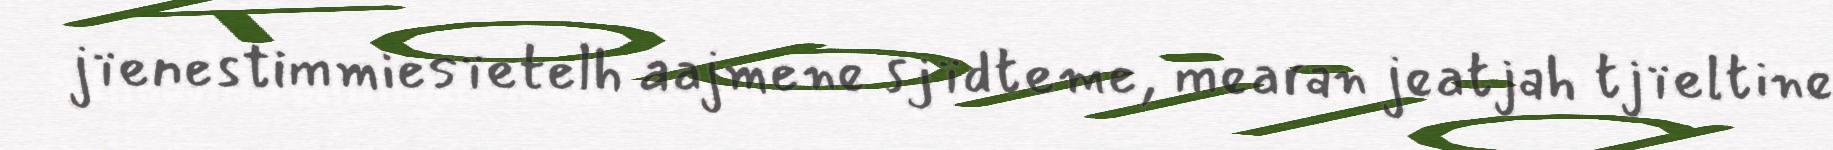
jïenestimmiesïetelh aajmene sjïdteme, mearan jeatjah tjïeltine